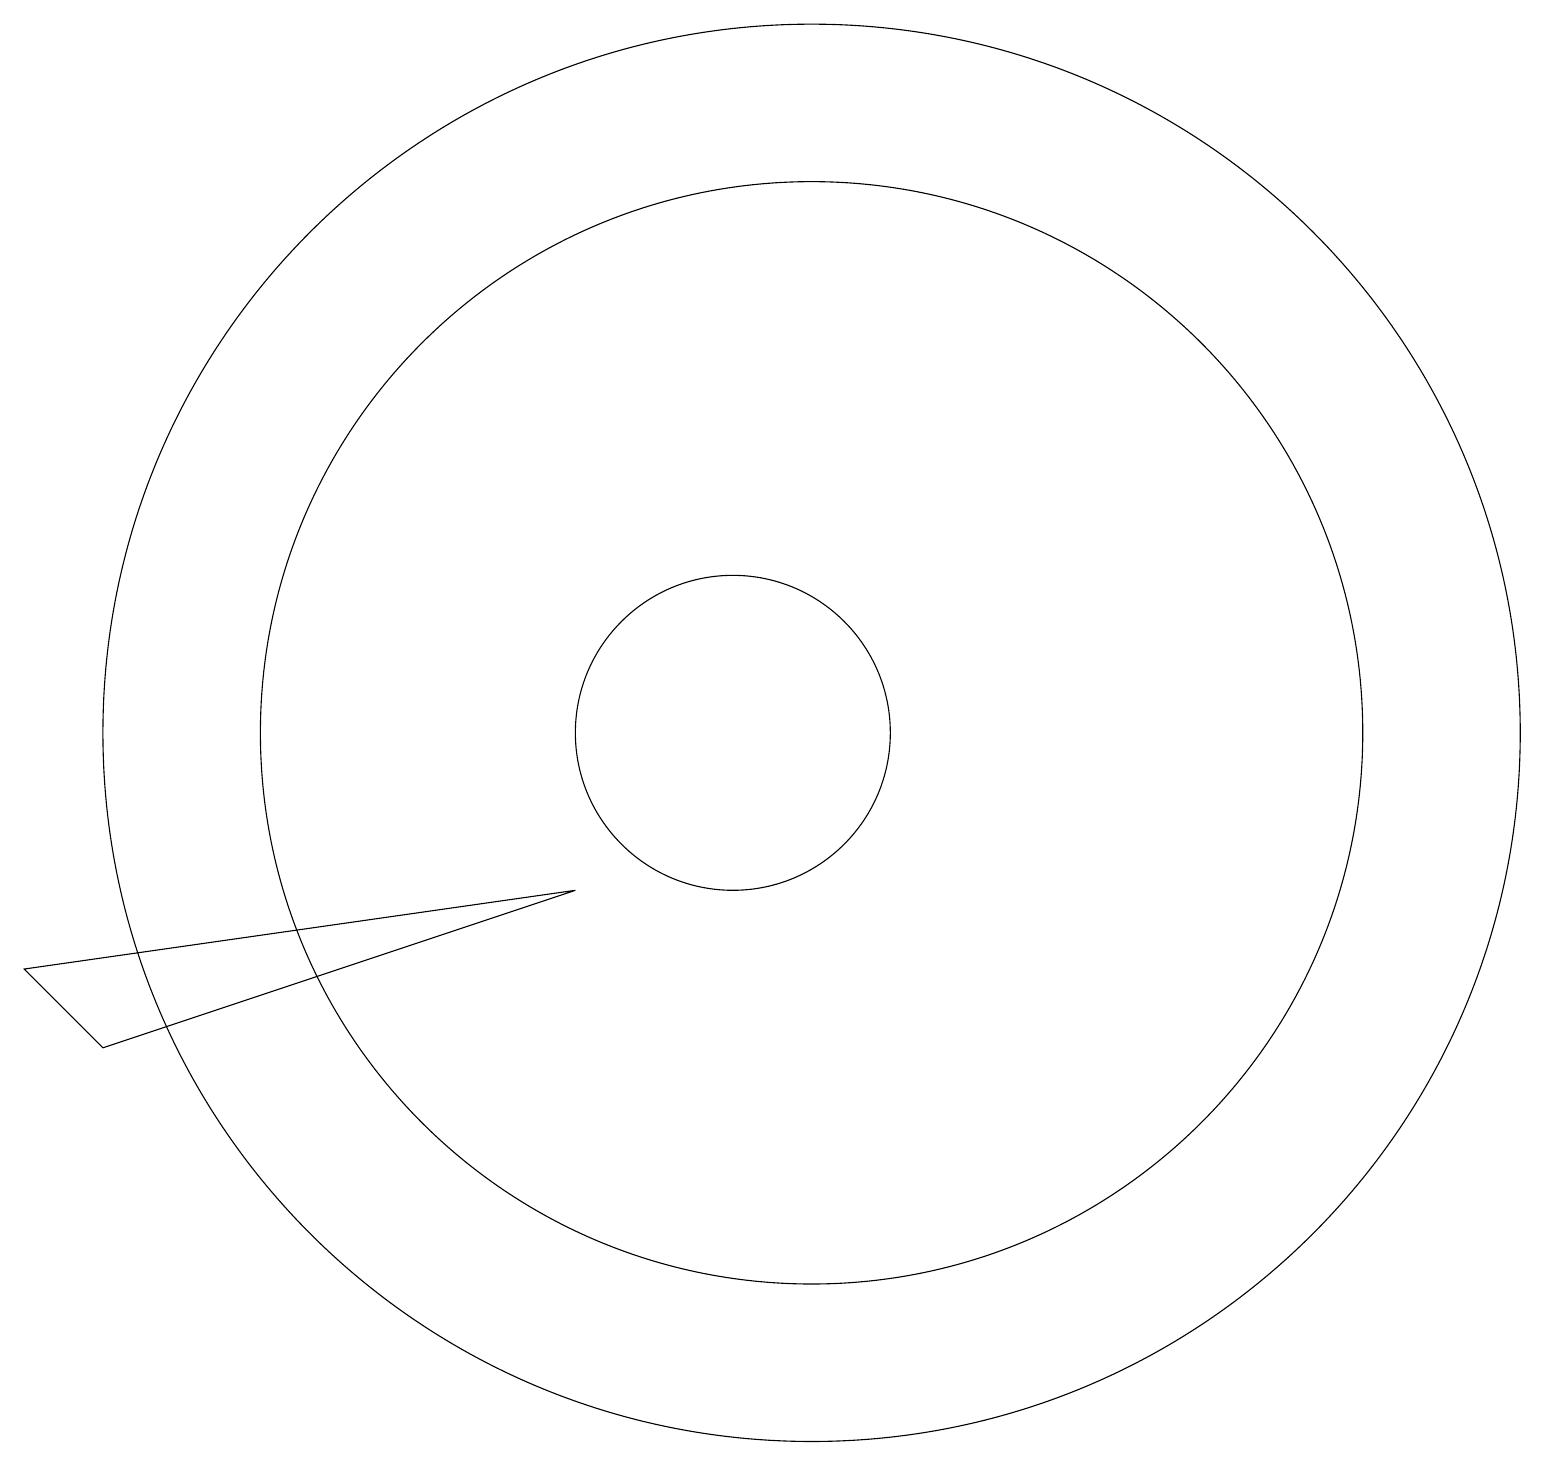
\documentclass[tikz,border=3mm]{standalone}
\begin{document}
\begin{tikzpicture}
\draw (2,7) -- (8,9) -- (1,8) -- cycle;
\draw (10,11) circle (2);
\draw (11,11) circle (9);
\draw (11,11) circle (7);
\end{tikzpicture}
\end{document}